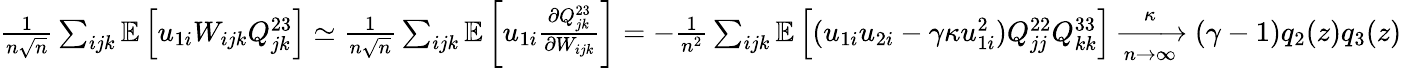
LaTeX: \begin{array}{r}{\frac{1}{n\sqrt n}\sum_{ijk}\mathbb{E}\left[u_{1i}W_{ijk}Q_{jk}^{23}\right]\simeq\frac{1}{n\sqrt n}\sum_{ijk}\mathbb{E}\left[u_{1i}\frac{\partial Q_{jk}^{23}}{\partial W_{ijk}}\right]=-\frac{1}{n^{2}}\sum_{ijk}\mathbb{E}\left[(u_{1i}u_{2i}-\gamma\kappa u_{1i}^{2})Q_{jj}^{22}Q_{kk}^{33}\right]\xrightarrow[n\to\infty]\kappa(\gamma-1)q_{2}(z)q_{3}(z)}\end{array}